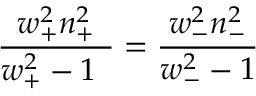
\frac { w _ { + } ^ { 2 } n _ { + } ^ { 2 } } { w _ { + } ^ { 2 } - 1 \ \, } = \frac { w _ { - } ^ { 2 } n _ { - } ^ { 2 } } { w _ { - } ^ { 2 } - 1 }